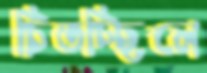
চিতচ্ছিলে